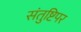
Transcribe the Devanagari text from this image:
संतुष्टिपर